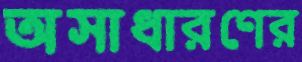
অসাধারণের